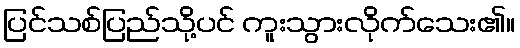
ပြင်သစ်ပြည်သို့ပင် ကူးသွားလိုက်သေး၏။